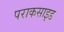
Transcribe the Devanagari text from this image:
पराकसाइड